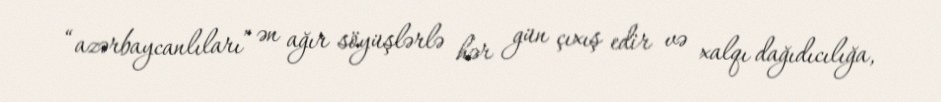
“azərbaycanlıları” ən ağır söyüşlərlə hər gün çıxış edir və xalqı dağıdıcılığa,